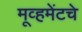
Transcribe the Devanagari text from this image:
मूव्हमेंटचे